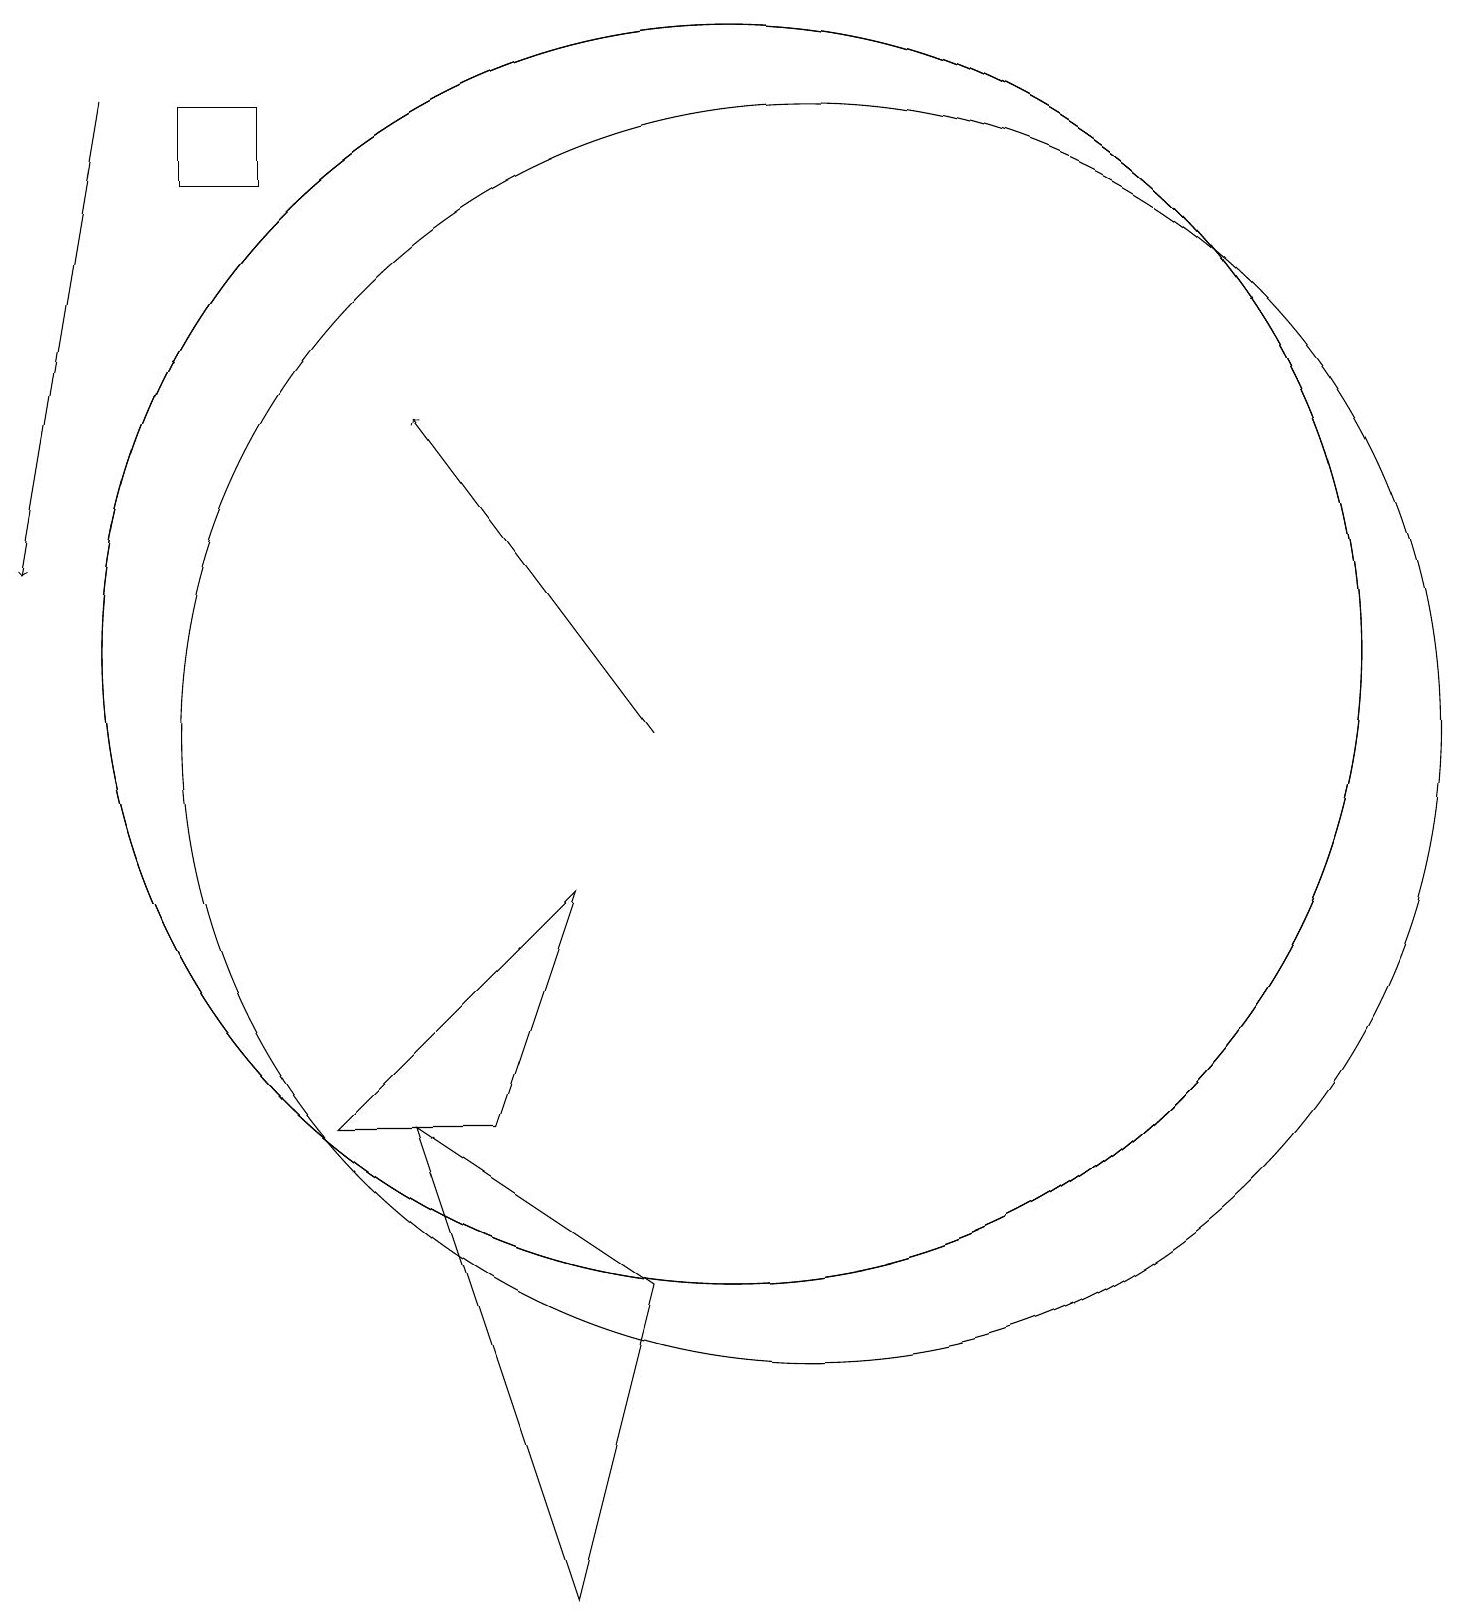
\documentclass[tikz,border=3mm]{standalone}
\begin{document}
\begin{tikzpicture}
\draw (10,12) circle (8);
\draw (10,12) circle (8);
\draw (3,18) rectangle (4,19);
\draw[->] (2,19) -- (1,13);
\draw (8,0) -- (6,6) -- (9,4) -- cycle;
\draw (11,11) circle (8);
\draw[->] (9,11) -- (6,15);
\draw (7,6) -- (8,9) -- (5,6) -- cycle;
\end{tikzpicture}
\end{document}